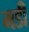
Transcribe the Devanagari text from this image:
मडी